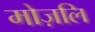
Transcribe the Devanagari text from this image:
मोज़लि